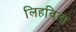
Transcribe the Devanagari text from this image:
लिहविला